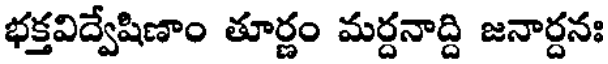
భక్తవిద్వేషిణాం తూర్ణం మర్దనాద్ది జనార్దనః